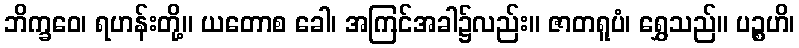
ဘိက္ခဝေ၊ ရဟန်းတို့။ ယတောစ ခေါ၊ အကြင်အခါ၌လည်း။ ဇာတရူပံ၊ ရွှေသည်။ ပဉ္စဟိ၊